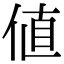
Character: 値